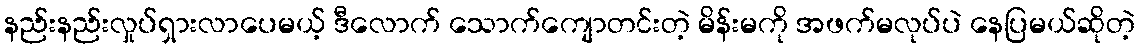
နည်းနည်းလှုပ်ရှားလာပေမယ့် ဒီလောက် သောက်ကျောတင်းတဲ့ မိန်းမကို အဖက်မလုပ်ပဲ နေပြမယ်ဆိုတဲ့